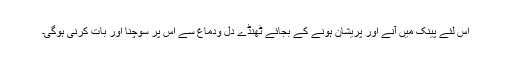
اس لئے پینک میں آنے اور پریشان ہونے کے بجائے ٹھنڈے دل ودماغ سے اس پر سوچنا اور بات کرنی ہوگی۔